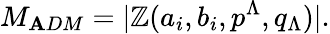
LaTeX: M_{\mathbf{A}DM}=|\mathbb{Z}(a_{i},b_{i},p^{\Lambda},q_{\Lambda})|.